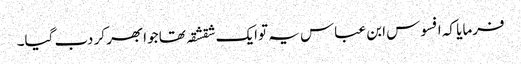
فرمایا کہ افسوس ابن عباس یہ توایک شقشقہ تھا جوابھر کر دب گیا۔